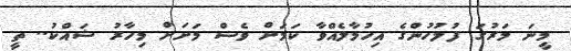
މީނަ މަރުގަ ފުލުހުންގެ އިހުމާލެއްވާ ކަމަށް ވެސް މަށަށް މިހާރު ޝައްކު.. ތީ